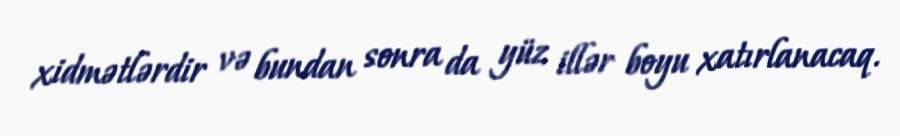
xidmətlərdir və bundan sonra da yüz illər boyu xatırlanacaq.